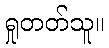
ရှုတတ်သူ။